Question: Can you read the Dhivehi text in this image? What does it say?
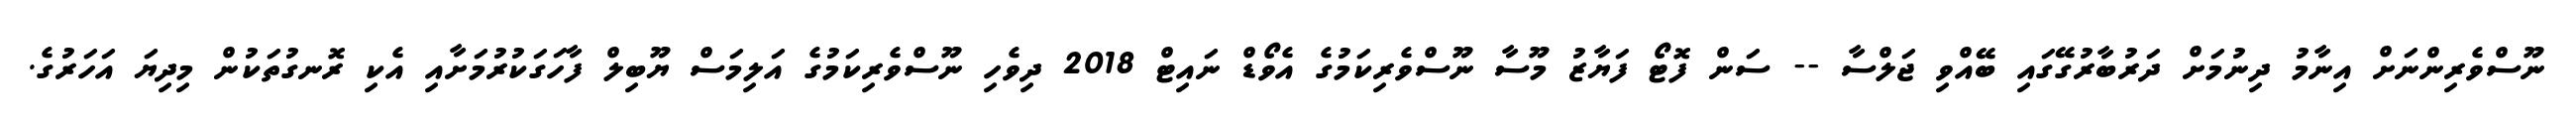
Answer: ނޫސްވެރިންނަށް އިނާމު ދިނުމަށް ދަރުބާރުގޭގައި ބޭއްވި ޖަލްސާ -- ސަން ފޮޓޯ ފަޔާޒު މޫސާ ނޫސްވެރިކަމުގެ އެވޯޑް ނައިޓް 2018 ދިވެހި ނޫސްވެރިކަމުގެ އަލިމަސް ޔޫބިލް ފާހަގަކުރުމަށާއި އެކި ރޮނގުތަކުން މިދިޔަ އަހަރުގެ.